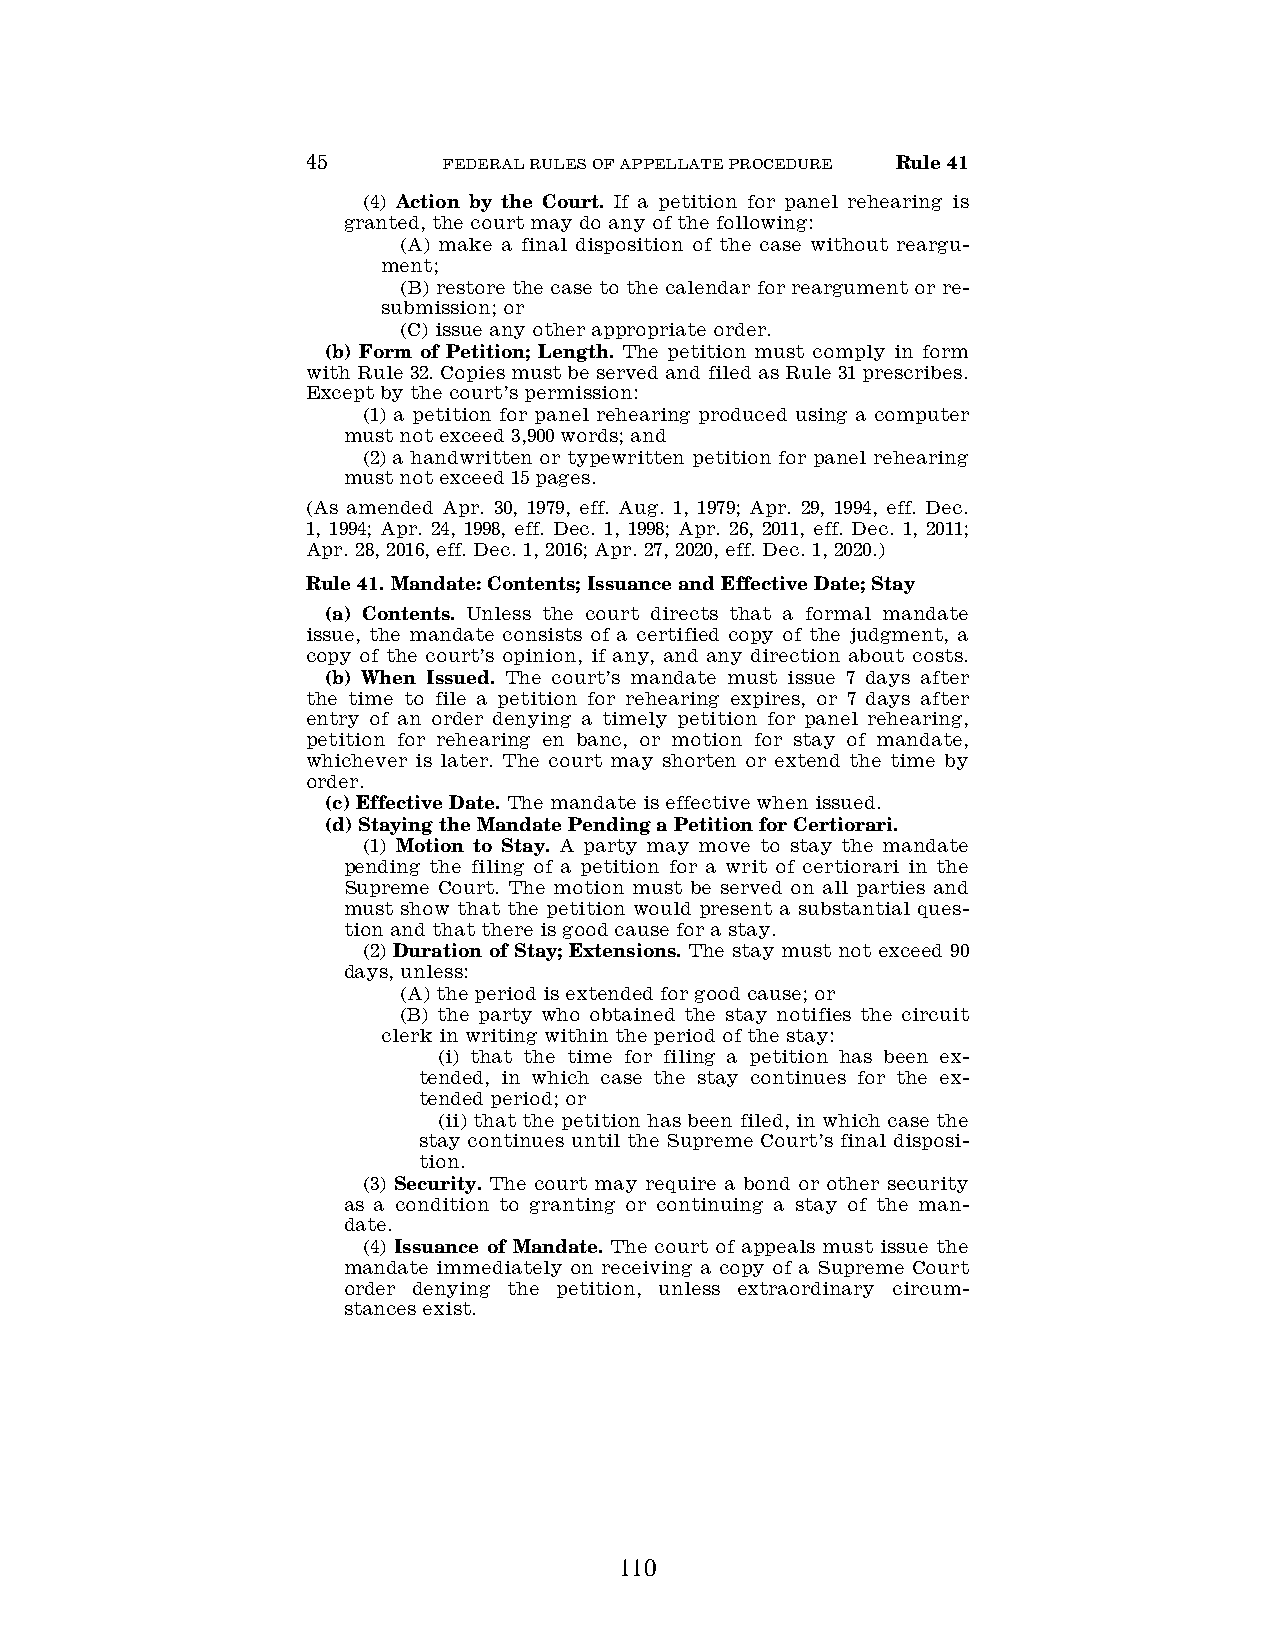
45       FEDERAL RULES OF APPELLATE PROCEDURE Rule 41
 (4) Action by the Court. If a petition for panel rehearing is
 granted, the court may do any of the following:
 (A) make a final disposition of the case without reargu-
 ment;
 (B) restore the case to the calendar for reargument or re-
 submission; or
 (C) issue any other appropriate order.
 (b) Form of Petition; Length. The petition must comply in form
 with Rule 32. Copies must be served and filed as Rule 31 prescribes.
 Except by the court’s permission:
 (1) a petition for panel rehearing produced using a computer
 must not exceed 3,900 words; and
 (2) a handwritten or typewritten petition for panel rehearing
 must not exceed 15 pages.
 (As amended Apr. 30, 1979, eff. Aug. 1, 1979; Apr. 29, 1994, eff. Dec.
 1, 1994; Apr. 24, 1998, eff. Dec. 1, 1998; Apr. 26, 2011, eff. Dec. 1, 2011;
 Apr. 28, 2016, eff. Dec. 1, 2016; Apr. 27, 2020, eff. Dec. 1, 2020.)
 Rule 41. Mandate: Contents; Issuance and Effective Date; Stay
 (a) Contents. Unless the court directs that a formal mandate
 issue, the mandate consists of a certified copy of the judgment, a
 copy of the court’s opinion, if any, and any direction about costs.
 (b) When Issued. The court’s mandate must issue 7 days after
 the time to file a petition for rehearing expires, or 7 days after
 entry of an order denying a timely petition for panel rehearing,
 petition for rehearing en banc, or motion for stay of mandate,
 whichever is later. The court may shorten or extend the time by
 order.
 (c) Effective Date. The mandate is effective when issued.
 (d) Staying the Mandate Pending a Petition for Certiorari.
 (1) Motion to Stay. A party may move to stay the mandate
 pending the filing of a petition for a writ of certiorari in the
 Supreme Court. The motion must be served on all parties and
 must show that the petition would present a substantial ques-
 tion and that there is good cause for a stay.
 (2) Duration of Stay; Extensions. The stay must not exceed 90
 days, unless:
 (A) the period is extended for good cause; or
 (B) the party who obtained the stay notifies the circuit
 clerk in writing within the period of the stay:
 (i) that the time for filing a petition has been ex-
 tended, in which case the stay continues for the ex-
 tended period; or
 (ii) that the petition has been filed, in which case the
 stay continues until the Supreme Court’s final disposi-
 tion.
 (3) Security. The court may require a bond or other security
 as a condition to granting or continuing a stay of the man-
 date.
 (4) Issuance of Mandate. The court of appeals must issue the
 mandate immediately on receiving a copy of a Supreme Court
 order denying the petition, unless extraordinary circum-
 stances exist.
 110